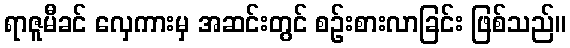
ရာဇူမီခင် လှေကားမှ အဆင်းတွင် စဉ်းစားလာခြင်း ဖြစ်သည်။